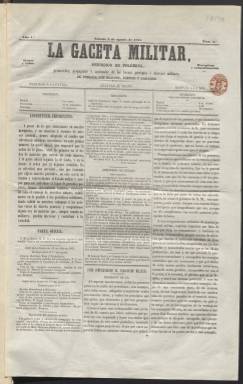
Título: La Gaceta militar (Madrid. 1851)
Colección: Periódicos || Fuerzas armadas
Ámbito geográfico: Madrid
Lugar de publicación: Madrid
Fechas: 02/08/1851-30/10/1852